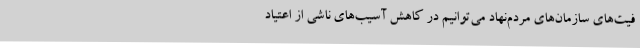
فیت‌های سازمان‌های مردم‌نهاد می‌توانیم در کاهش آسیب‌های ناشی از اعتیاد